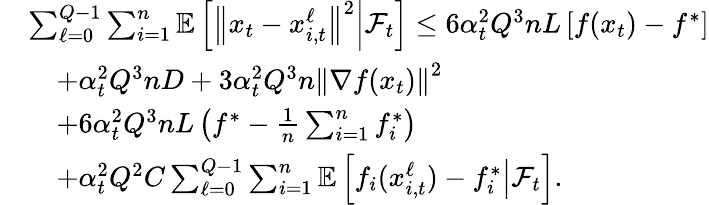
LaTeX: \begin{array}{rl}&{\sum_{\ell=0}^{Q-1}\sum_{i=1}^{n}\mathbb{E}\left[\left\Vert x_{t}-x_{i,t}^{\ell}\right\Vert^{2}\middle|\mathcal{F}_{t}\right]\leq 6\alpha_{t}^{2}Q^{3}nL\left[f(x_{t})-f^{*}\right]}\\ &{\quad+\alpha_{t}^{2}Q^{3}nD+3\alpha_{t}^{2}Q^{3}n\left\Vert\nabla f(x_{t})\right\Vert^{2}}\\ &{\quad+6\alpha_{t}^{2}Q^{3}nL\left(f^{*}-\frac{1}{n}\sum_{i=1}^{n}f_{i}^{*}\right)}\\ &{\quad+\alpha_{t}^{2}Q^{2}C\sum_{\ell=0}^{Q-1}\sum_{i=1}^{n}\mathbb{E}\left[f_{i}(x_{i,t}^{\ell})-f_{i}^{*}\middle|\mathcal{F}_{t}\right].}\end{array}